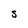
Character: S